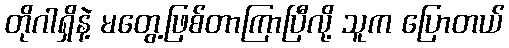
တိုဂါရှိနဲ့ မတွေ့ဖြစ်တာကြာပြီလို့ သူက ပြောတယ်